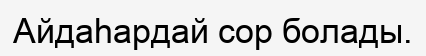
Айдаһардай сор болады.